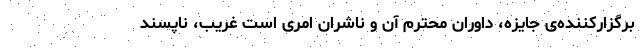
برگزارکننده‌ی جایزه، داوران محترم آن و ناشران امری است غریب، ناپسند